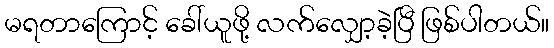
မရတာကြောင့် ခေါ်ယူဖို့ လက်လျှော့ခဲ့ပြီ ဖြစ်ပါတယ်။